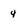
Character: 4